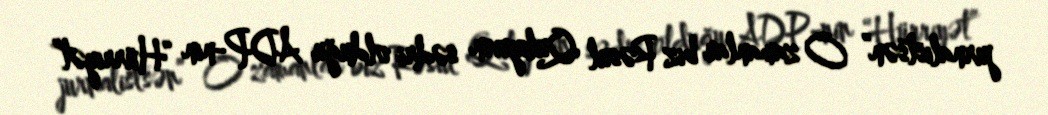
jurnalistsən” O zamanlar biz Rəsul Quliyevin sədri olduğu ADP-nin “Hürriyət”